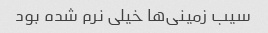
سیب زمینی‌ها خیلی نرم شده بود